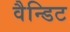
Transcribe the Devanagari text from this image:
वैन्डिट